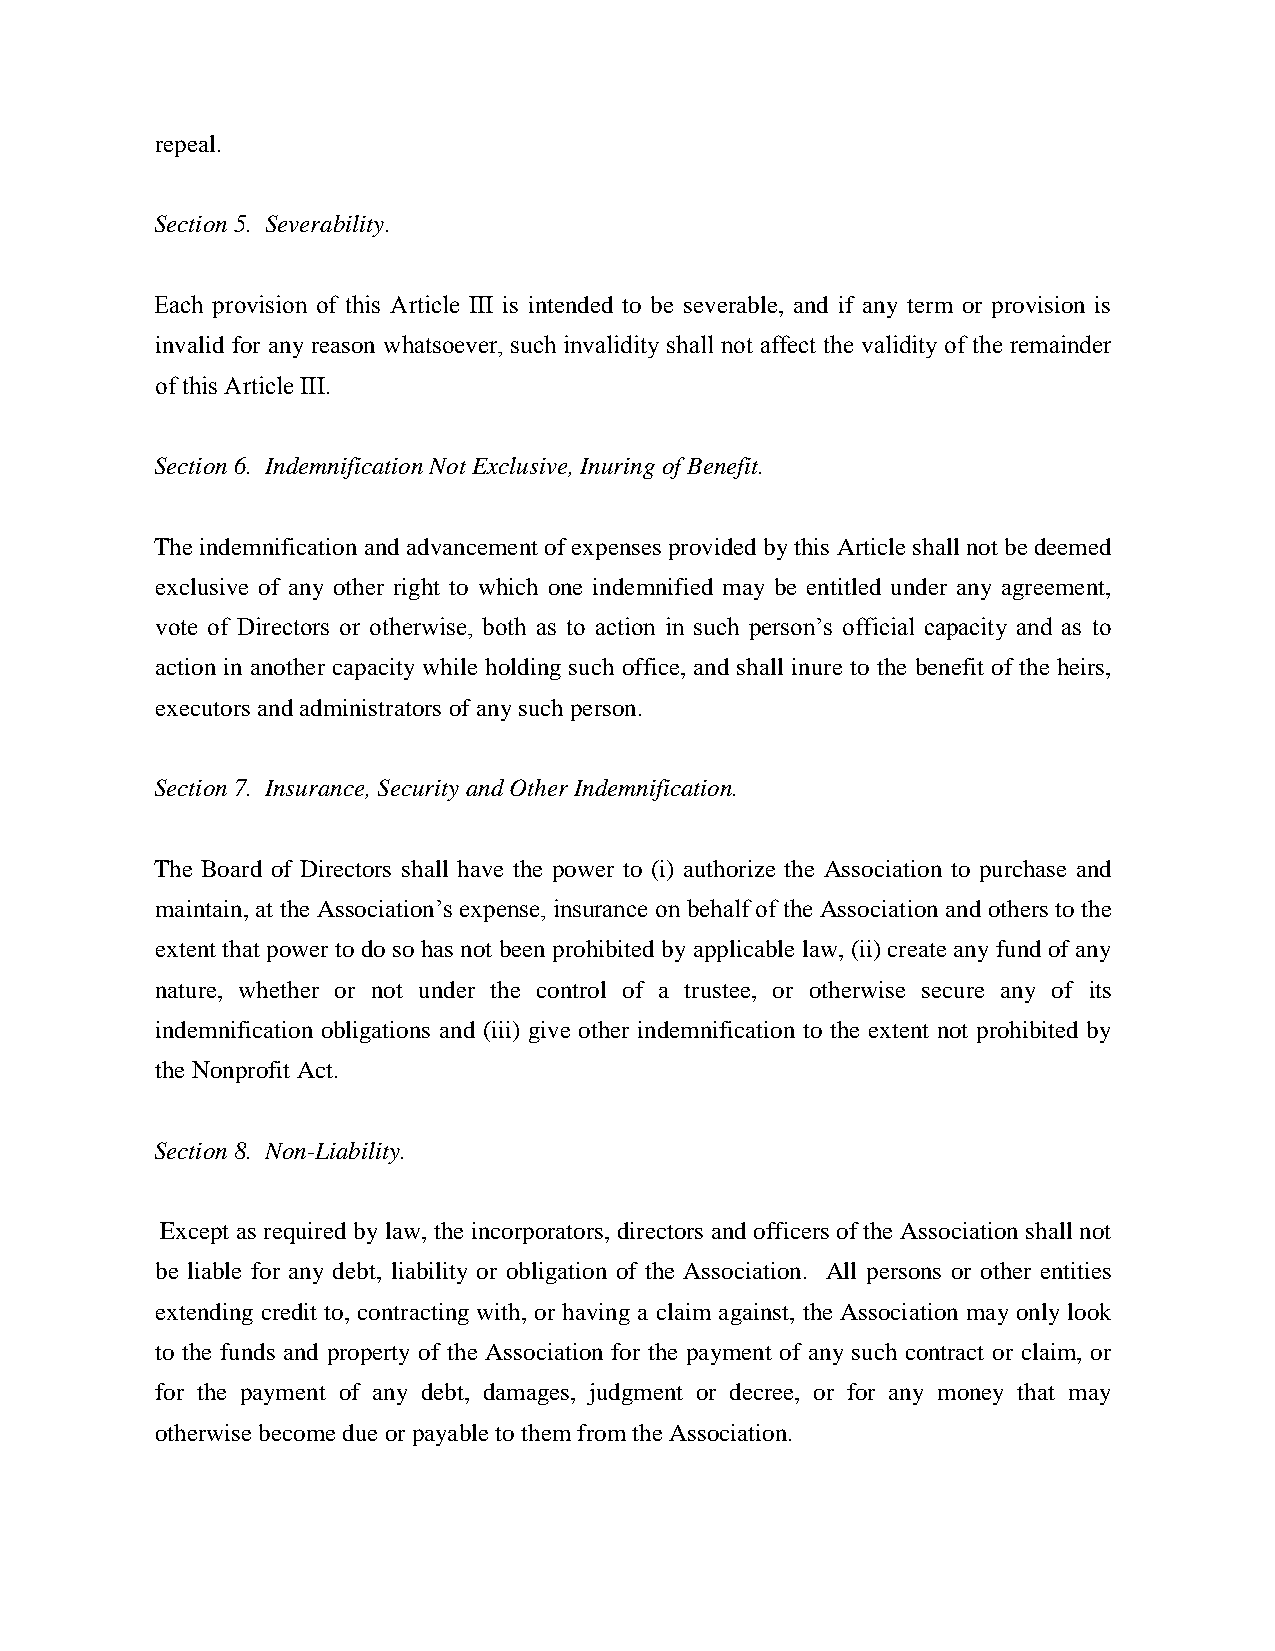
repeal.
 Section 5. Severability.
 Each provision of this Article III is intended to be severable, and if any term or provision is
 invalid for any reason whatsoever, such invalidity shall not affect the validity of the remainder
 of this Article III.
 Section 6. Indemnification Not Exclusive, Inuring of Benefit.
 The indemnification and advancement of expenses provided by this Article shall not be deemed
 exclusive of any other right to which one indemnified may be entitled under any agreement,
 vote of Directors or otherwise, both as to action in such person’s official capacity and as to
 action in another capacity while holding such office, and shall inure to the benefit of the heirs,
 executors and administrators of any such person.
 Section 7. Insurance, Security and Other Indemnification.
 The Board of Directors shall have the power to (i) authorize the Association to purchase and
 maintain, at the Association’s expense, insurance on behalf of the Association and others to the
 extent that power to do so has not been prohibited by applicable law, (ii) create any fund of any
 nature, whether or not under the control of a trustee, or otherwise secure any of its
 indemnification obligations and (iii) give other indemnification to the extent not prohibited by
 the Nonprofit Act.
 Section 8. Non-Liability.
 Except as required by law, the incorporators, directors and officers of the Association shall not
 be liable for any debt, liability or obligation of the Association. All persons or other entities
 extending credit to, contracting with, or having a claim against, the Association may only look
 to the funds and property of the Association for the payment of any such contract or claim, or
 for the payment of any debt, damages, judgment or decree, or for any money that may
 otherwise become due or payable to them from the Association.